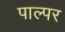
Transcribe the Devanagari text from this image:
पाल्पर